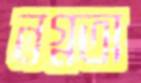
নগ্নতা